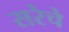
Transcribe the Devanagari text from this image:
सरेचे